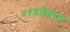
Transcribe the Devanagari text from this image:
५१इतिहास